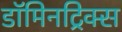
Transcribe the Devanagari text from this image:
डॉमिनट्रिक्स